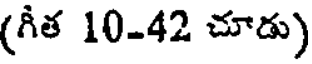
(గీత 10-42 చూడు)